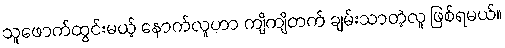
သူဖောက်ထွင်းမယ့် နောက်လူဟာ ကျိကျိတက် ချမ်းသာတဲ့လူ ဖြစ်ရမယ်။